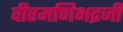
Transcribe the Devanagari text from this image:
वीरमणिभद्रजी